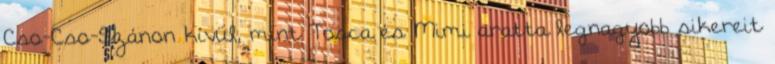
Cso-Cso-Szánon kívül, mint Tosca és Mimi aratta legnagyobb sikereit